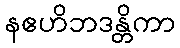
နဧဟိဘဒန္တိကာ